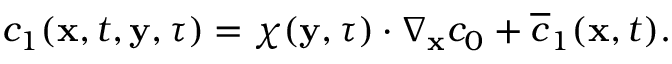
\begin{array} { r } { c _ { 1 } ( \mathbf x , t , \mathbf y , \tau ) = \boldsymbol \chi ( \mathbf y , \tau ) \cdot \nabla _ { \mathbf x } c _ { 0 } + \overline { c } _ { 1 } ( \mathbf x , t ) . } \end{array}